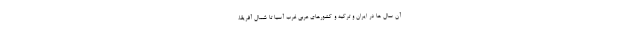
آن سال ها در ایران و ترکیه و کشورهای عربی غرب آسیا تا شمال آفریقا،